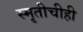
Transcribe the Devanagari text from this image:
स्मृतीचीही